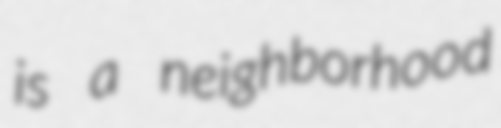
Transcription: is a neighborhood